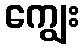
ကျွေး